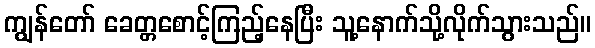
ကျွန်တော် ခေတ္တစောင့်ကြည့်နေပြီး သူ့နောက်သို့လိုက်သွားသည်။